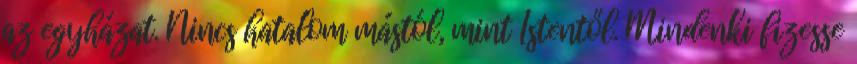
az egyházat. Nincs hatalom mástól, mint Istentől. Mindenki fizesse